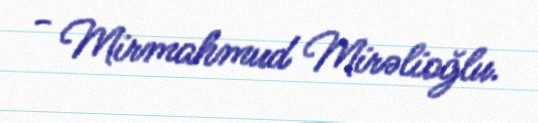
- Mirmahmud Mirəlioğlu.